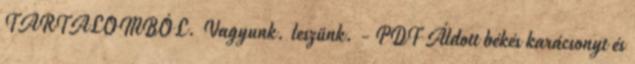
TARTALOMBÓL. Vagyunk. leszünk. - PDF Áldott békés karácsonyt és